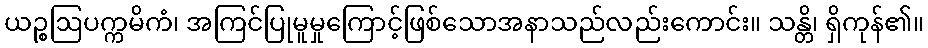
ယဉ္စဩပက္ကမိကံ၊ အကြင်ပြုမူမှုကြောင့်ဖြစ်သောအနာသည်လည်းကောင်း။ သန္တိ၊ ရှိကုန်၏။